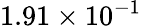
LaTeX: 1.91\times 10^{-1}